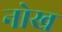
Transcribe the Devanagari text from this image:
नोख